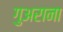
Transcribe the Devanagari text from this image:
गुअराना